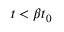
t < \beta t _ { 0 }